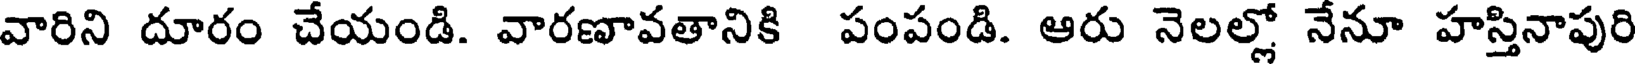
వారిని దూరం చేయండి. వారణావతానికి పంపండి. ఆరు నెలల్లో నేనూ హస్తినాపురి